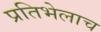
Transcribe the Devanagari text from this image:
प्रतिभेलाच